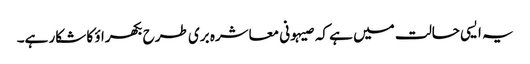
یہ ایسی حالت میں ہے کہ صیہونی معاشرہ بری طرح بکھراؤ کا شکار ہے۔